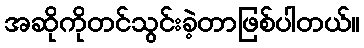
အဆိုကိုတင်သွင်းခဲ့တာဖြစ်ပါတယ်။